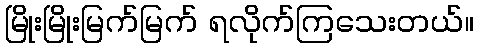
မြိုးမြိုးမြက်မြက် ရလိုက်ကြသေးတယ်။